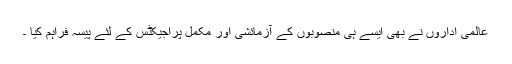
عالمی اداروں نے بھی ایسے ہی منصوبوں کے آزمائشی اور مکمل پراجیکٹس کے لئے پیسہ فراہم کیا ۔